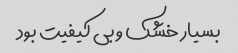
بسیار خشک و بی کیفیت بود